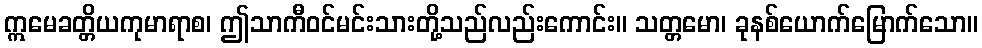
ဣမေခတ္တိယကုမာရာစ၊ ဤသာကီဝင်မင်းသားတို့သည်လည်းကောင်း။ သတ္တမော၊ ခုနစ်ယောက်မြောက်သော။